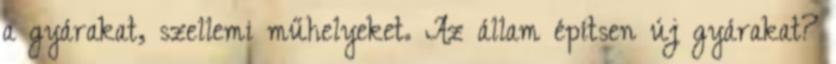
a gyárakat, szellemi műhelyeket. Az állam építsen új gyárakat?